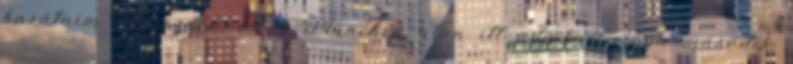
barátaim esküsznek, hogy München után itt adják Európa második